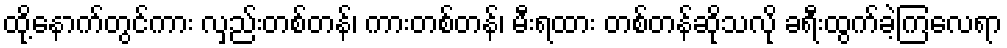
ထို့နောက်တွင်ကား လှည်းတစ်တန်၊ ကားတစ်တန်၊ မီးရထား တစ်တန်ဆိုသလို ခရီးထွက်ခဲ့ကြလေရာ